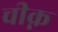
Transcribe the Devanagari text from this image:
चीक्न